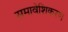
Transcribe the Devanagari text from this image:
समावेशिकरण